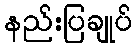
နည်းပြချုပ်